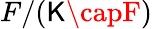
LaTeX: F/(\mathsf{K}\capF)